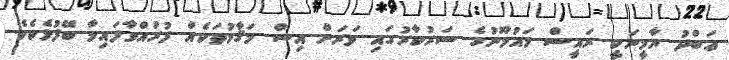
ޢަބްދު ޔާމީނަކީ ރައީސް މައުމޫނުގެ ސަރުކާރުގައި ވަރަށް އިސް މަޤާމުތަކެއް ފުރުއްވާފައިވާ ބޭފުޅެކެވެ.